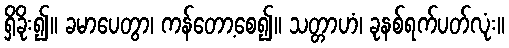
ရှိခိုး၍။ ခမာပေတွာ၊ ကန်တော့စေ၍။ သတ္တာဟံ၊ ခုနစ်ရက်ပတ်လုံး။